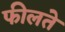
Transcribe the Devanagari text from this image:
फीलते